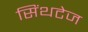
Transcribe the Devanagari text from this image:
सिंथटेज